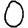
Digit: 0